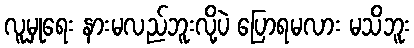
လူမှုရေး နားမလည်ဘူးလို့ပဲ ပြောရမလား မသိဘူး